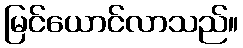
မြင်ယောင်လာသည်။